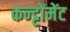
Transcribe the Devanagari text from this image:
कन्ट्टोंमेंट